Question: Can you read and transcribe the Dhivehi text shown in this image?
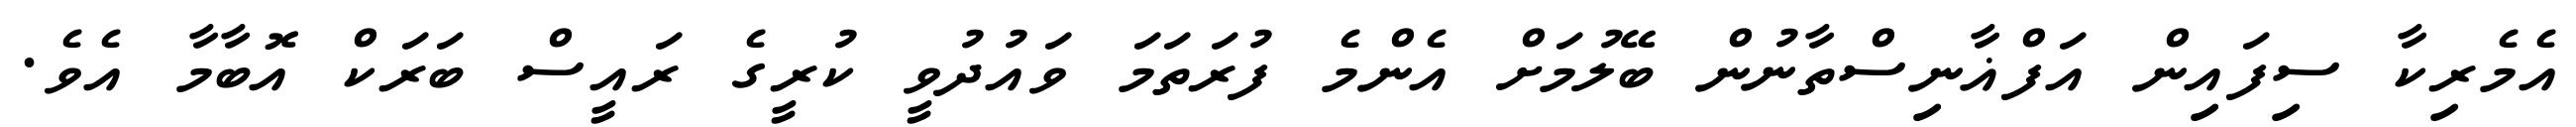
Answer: އެމެރިކާ ސިފައިން އަފްޣާނިސްތާނުން ބޭލުމަށް އެންމެ ފުރަތަމަ ވައުދުވީ ކުރީގެ ރައީސް ބަރަކް އޮބާމާ އެވެ.